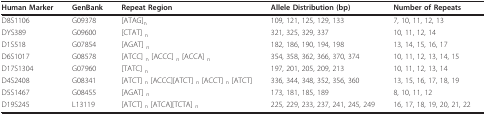
<table><thead><tr><td><b>Human Marker</b></td><td><b>GenBank</b></td><td><b>Repeat Region</b></td><td><b>Allele Distribution (bp)</b></td><td><b>Number of Repeats</b></td></tr></thead><tbody><tr><td>D8S1106</td><td>G09378</td><td>[ATAG]<sub>n</sub></td><td>109, 121, 125, 129, 133</td><td>7, 10, 11, 12, 13</td></tr><tr><td>DYS389</td><td>G09600</td><td>[CTAT] <sub>n</sub></td><td>321, 325, 329, 337</td><td>10, 11, 12, 14</td></tr><tr><td>D1S518</td><td>G07854</td><td>[AGAT] <sub>n</sub></td><td>182, 186, 190, 194, 198</td><td>13, 14, 15, 16, 17</td></tr><tr><td>D6S1017</td><td>G08578</td><td>[ATCC] <sub>n </sub>[ACCC] <sub>n </sub>[ACCA] <sub>n</sub></td><td>354, 358, 362, 366, 370, 374</td><td>10, 11, 12, 13, 14, 15</td></tr><tr><td>D17S1304</td><td>G07960</td><td>[TATC] <sub>n</sub></td><td>197, 201, 205, 209, 213</td><td>10, 11, 12, 13, 14</td></tr><tr><td>D4S2408</td><td>G08341</td><td>[ATCT] <sub>n </sub>[ACCC][ATCT] <sub>n </sub>[ACCT] <sub>n </sub>[ATCT]</td><td>336, 344, 348, 352, 356, 360</td><td>13, 15, 16, 17, 18, 19</td></tr><tr><td>D5S1467</td><td>G08455</td><td>[AGAT] <sub>n</sub></td><td>173, 181, 185, 189</td><td>8, 10, 11, 12</td></tr><tr><td>D19S245</td><td>L13119</td><td>[ATCT] <sub>n </sub>[ATCA][TCTA] <sub>n</sub></td><td>225, 229, 233, 237, 241, 245, 249</td><td>16, 17, 18, 19, 20, 21, 22</td></tr></tbody></table>